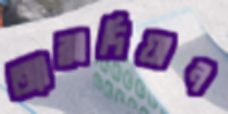
অ্যাক্কাদিয়ান